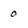
Character: 0